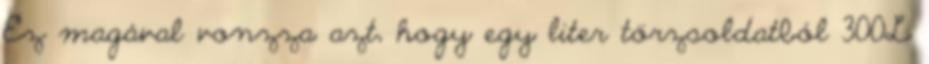
Ez magával vonzza azt, hogy egy liter törzsoldatból 300L